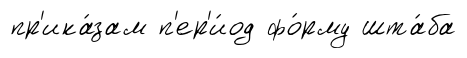
пр'ика́зам п'ер'и́од фо́рму шта́ба